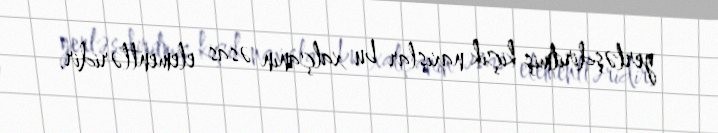
yerləşdirilmiş kiçik naxışlar bu xalçanın əsas elementləridir.